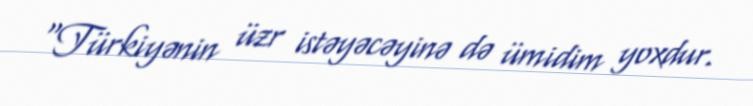
"Türkiyənin üzr istəyəcəyinə də ümidim yoxdur.